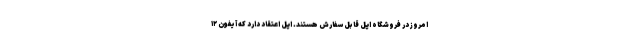
امروز در فروشگاه اپل قابل سفارش هستند. اپل اعتقاد دارد که آیفون ۱۲